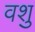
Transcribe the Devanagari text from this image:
वशु